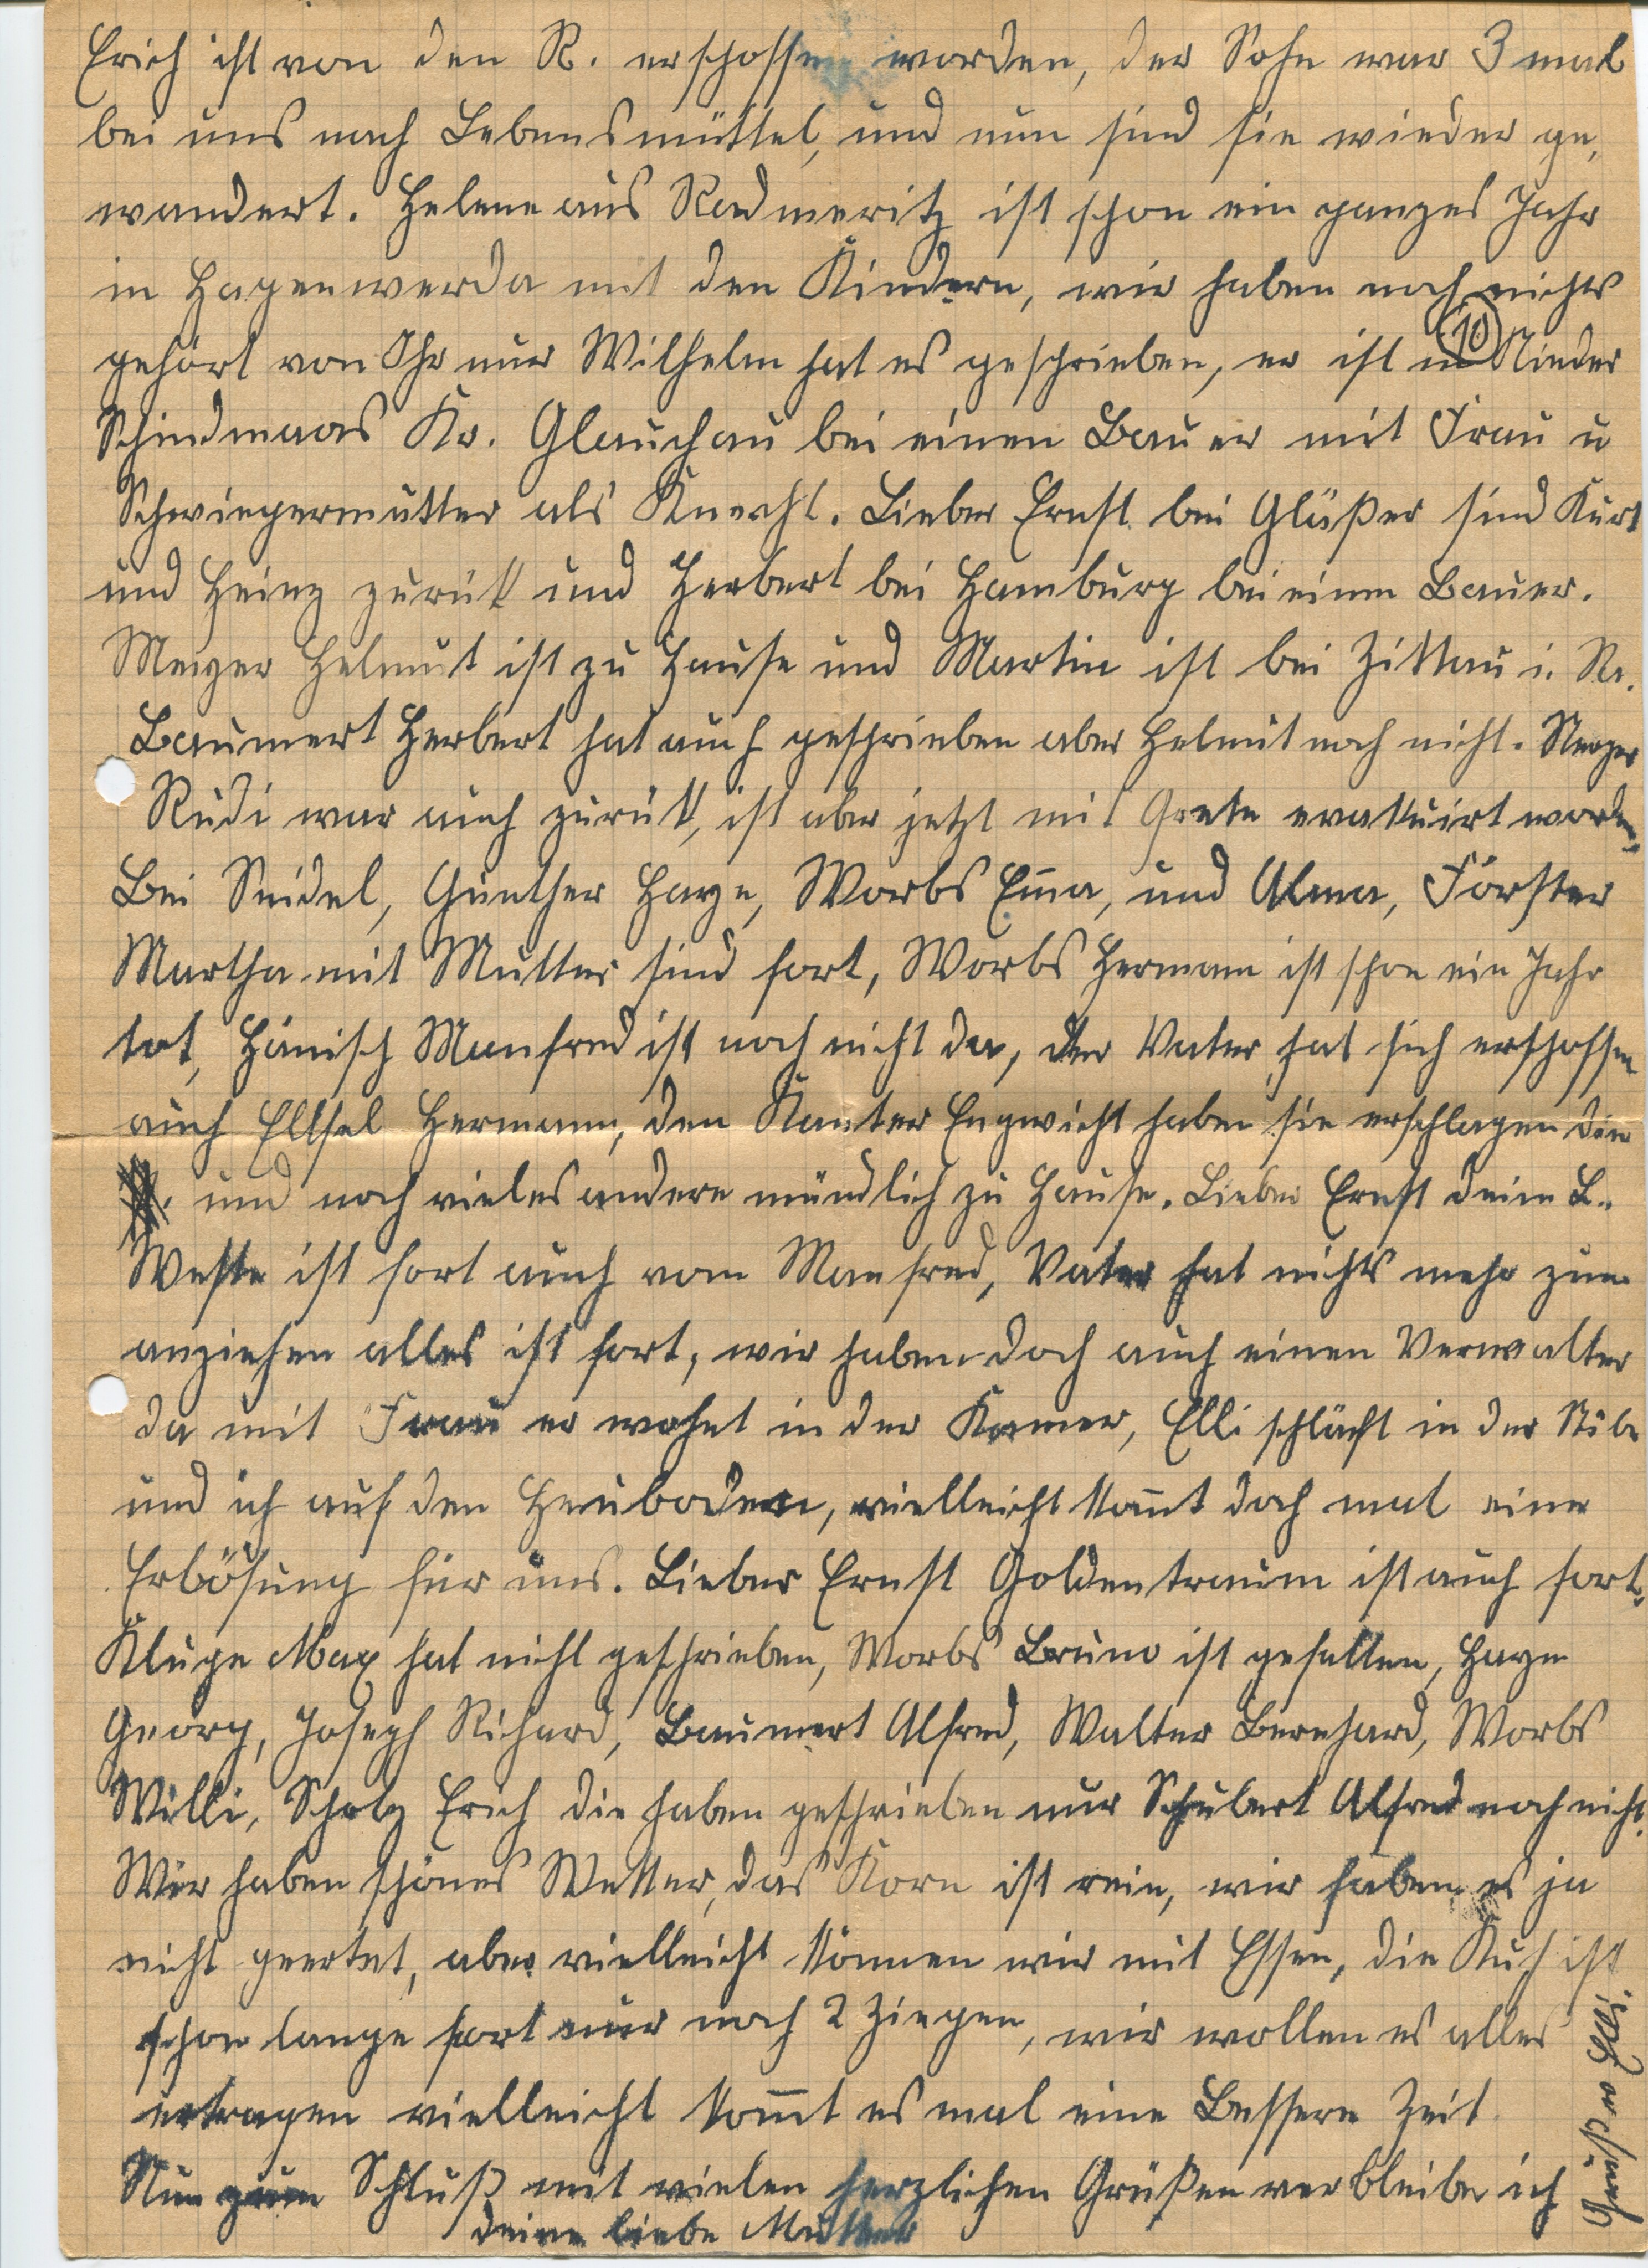
Erich ist von den R. erschossen worden, der Sohn war 3 mal
bei uns nach Lebensmüttel, und nun sind sie wieder ge¬
wandert. Helene aus Radmeritz ist schon ein ganzes Jahr
in Hagenwerda mit den Kindern, wir haben noch nichts
10
gehört von Ihr nur Wilhelm hat es geschrieben, er ist in Nieder
Schindmaas Kr. Glauchau bei einen Bauer mit Frau u
Schwiegermutter als Knecht. Lieber Ernst bei Glüper sind Kurt
und Heinz zurück und Herbert bei Hamburg bei einem Bauer.
Meyer Helmut ist zu Hause und Martin ist bei Zittau i. Sr.
Baumert Herbert hat auch geschrieben aber Helmut noch nicht. Stroper
Rudi war auch zurück, ist aber jetzt mit Grete evakuiert worden.
Bei Seidel, Günther Haye, Worbs Emma, und Ulma, Förster
Martha mit Mutter sind fort, Worbs Hermann ist schon ein Jahr
tot, Hainisch Manfred ist noch nicht da, der Vater hat sich erschossen
auch Ellsal Hermann, den Kanter Engwicht haben sie erschlagen dan
und nach vieles andere mündlich zu Heute, Lieber Ernst Deine L.
Weste ist fort auch vom Manfred, Vater hat nichts mehr zum
anziehen alles ist fort, wir haben doch auch einen Verwalter
da mit Frau er wohnt in der Kammer, Elli schläft in der Stube
und ich auf dem Heuboden, vielleicht kommt doch mal eine
Erlösung für uns. Lieber Ernst Goldentraum ist auch fort,
Kluge Max hat nicht geschrieben, Worbs Bruno ist gefallen, Huye
Georg, Joseph Richard, Baumert Alfred, Walter Bernhard, Worbs
Willi, Scholz Erich die haben geschrieben nur Schubert Alfred noch nicht.
Wir haben schönes Wetter, das Kort ist rein, wir haben es ja
nicht geertnt, aber vielleicht können wir mit Essen, die Kuh ist
schon lange fort nur noch 2 Ziegen, wir wollen es alles
ertragen vielleicht kommt es mal eine Bessere Zeit
Nun zum Schluß mit vielen herzlichen Grüßen verbleibe ich
deine liebe Mutter
Gruß an Elli.